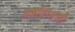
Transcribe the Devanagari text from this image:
वर्षावांसाठी